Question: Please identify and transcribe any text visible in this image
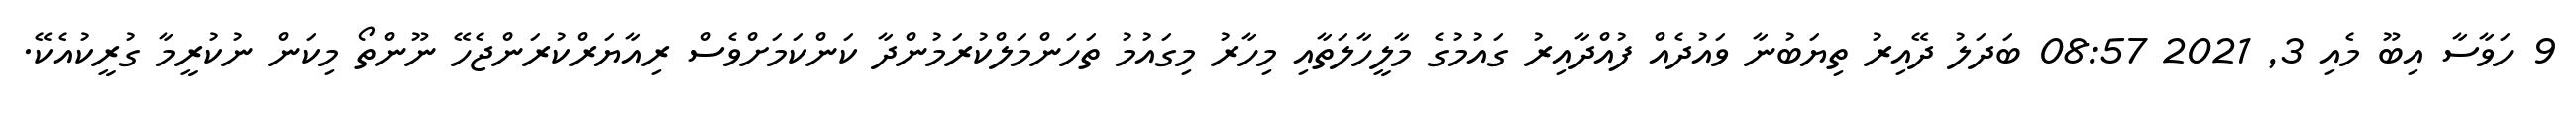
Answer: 9 ހަވާސާ އިބޫ މެއި 3, 2021 08:57 ބަދަލު ދޭއިރު ތިޔަބުނާ ވައުދެއް ފުއްދާއިރު ގައުމުގެ މާލީހާލަތާއި މިހާރު މިގައުމު ތަހަންމަލްކުރަމުންދާ ކަންކަމަށްވެސް ރިއާޔަރްކުރަންޖެހޭ ނޫންތޯ މިކަން ނުކުރީމާ ގުރީކުއެކޭ.